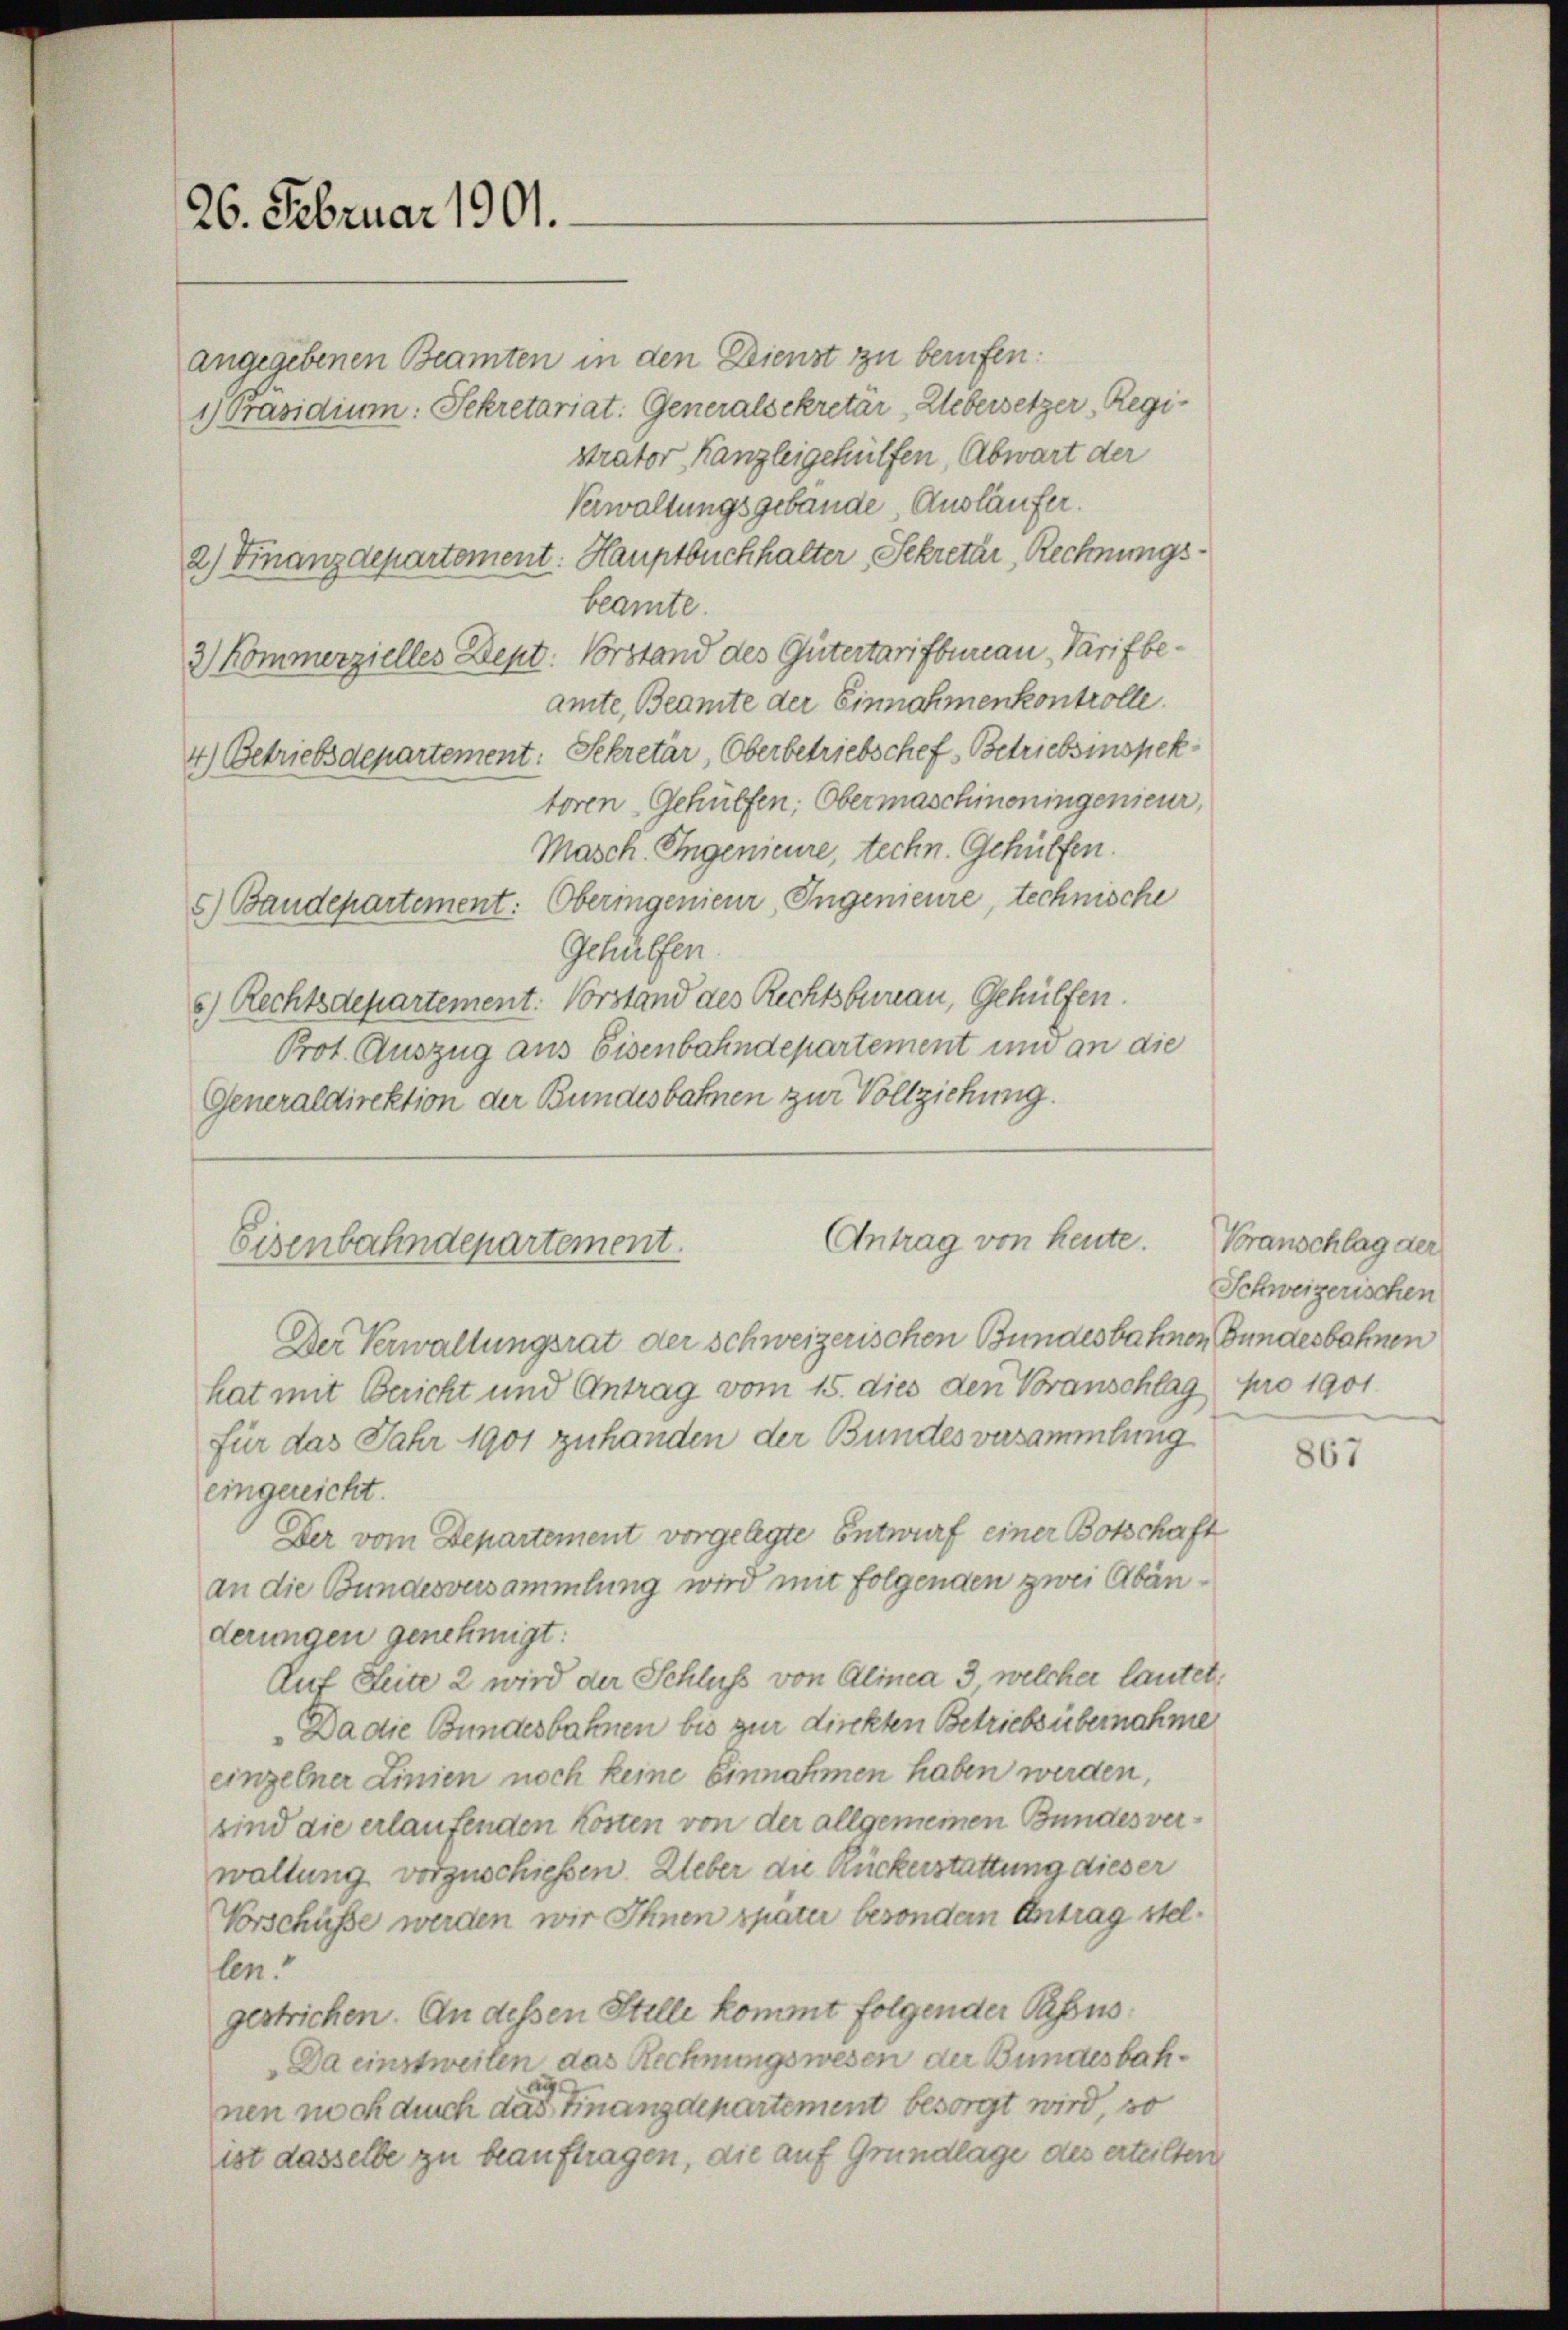
26. Februar 1901.

angegebenen Beamten in den Dienst zu berufen.
 Präsidium: Sekretariat: Generalsekretär Uebersetzer Registrator Kanzleigehülfen, Abwart der
Verwaltungsgebäude Ausläufer.
2.) Finanzdepartement: Hauptbuchhalter, Sekretär, Rechnungsbeamte.
3) Kommerzielles Dept: Vorstand des Gütertarifbureau - Varifbeamte, Beamte der Einnahmenkontrolle.
4.) Betriebsdepartement: Sekretär, Oberbetriebschef, Betriebsinspektoren Gehülfen, Obermaschineningenieur,
Masch. Ingenieure, techn. Gehülfen.
5) Baudepartement: Oberingenieur, Ingenieure, technische
Gehülfen.
6.) Rechtsdepartement: Vorstand des Rechtsbureau, Gehülfen.
Prot. Auszug aus Eisenbahndepartement und an die
Generaldirektion der Bundesbahnen zur Vollziehung.

Antrag von heute.
Eisenbahndepartement.

Der Verwaltungsrat der schweizerischen Bundesbahnen Bundesbahnen
hat mit Bericht und Antrag vom 15. dies den Voranschlag pro 1901.
für das Jahr 1901 zuhanden der Bundes versammlung
eingereicht.
Der vom Departement vorgelegte Entwurf einer Botschaft
an die Bundesversammlung wird mit folgenden zwei Abänderungen genehmigt:
Auf Seite 2 wird der Schluss von Alinea 3 welcher lautet,
Da die Bundesbahnen bis zur dirckten Betriebsübernahme
einzelner Linien noch keine Einnahmen haben werden,
sind die erlaufenden Kosten von der allgemeinen Bundes verwaltung vorzuschießen. Ueber die Rückerstattung dieser
Vorschüsse werden wir Ihnen spater besondern Antrag stellen.
gestrichen. An dessen Stille kommt folgender Passus
Da einstweilen das Rechnungswesen der Bundesbahnen noch durch das Finanzdepartement besorgt wird, so
ist dasselbe zu beauftragen, die auf Grundlage des erteilten

Voranschlag der
Schweizerischen

867